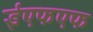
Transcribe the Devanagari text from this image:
ईएफएफ